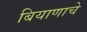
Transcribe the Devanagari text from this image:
बियाणाचे